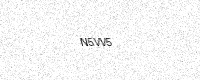
Text: N5VV5